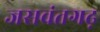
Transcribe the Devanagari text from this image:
जसवंतगढ़